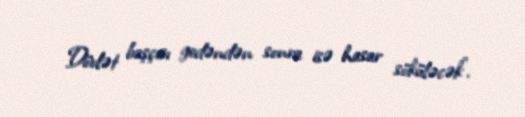
Dövlət başçısı gedəndən sonra isə hasar söküləcək”.